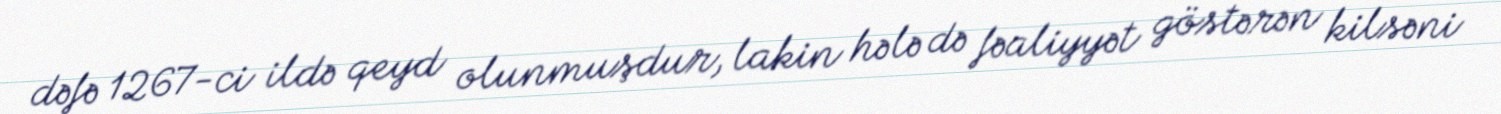
dəfə 1267-ci ildə qeyd olunmuşdur, lakin hələ də fəaliyyət göstərən kilsəni